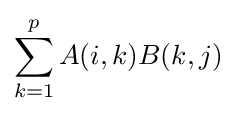
\sum _{k=1}^{p}A(i,k)B(k,j)